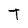
Character: t